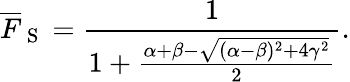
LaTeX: \overline{{F}}_{\mathrm{~S~}}=\frac{1}{1+\frac{\alpha+\beta-\sqrt{(\alpha-\beta)^{2}+4\gamma^{2}}}{2}}.